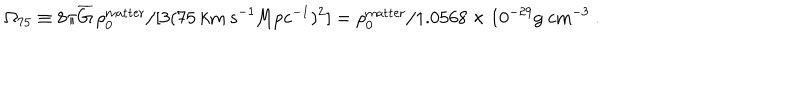
LaTeX: \Omega _ { 7 5 } \equiv 8 \pi \overline { { { G } } } \, \rho _ { 0 } ^ { \mathrm { m a t t e r } } / [ 3 ( 7 5 \ \mathrm { k m ~ s } ^ { - 1 } \mathrm { M p c } ^ { - 1 } ) ^ { 2 } ] = \rho _ { 0 } ^ { \mathrm { m a t t e r } } / 1 . 0 5 6 8 \times 1 0 ^ { - 2 9 } \mathrm { g ~ c m } ^ { - 3 } \ .